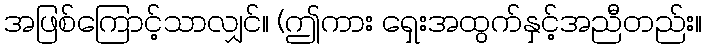
အဖြစ်ကြောင့်သာလျှင်။ (ဤကား ရှေးအထွက်နှင့်အညီတည်း။